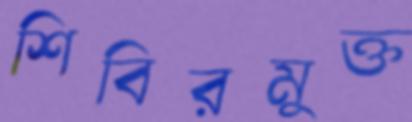
শিবিরমুক্ত